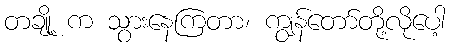
တချို့ က သွားနေကြတာ၊ ကျွန်တော်တို့လိုပေါ့